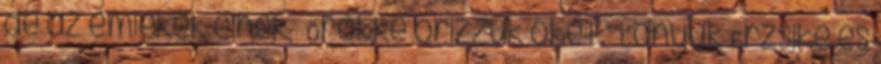
de az emlékek élnek, Örökké őrizzük őket.” Lányuk Erzsike és